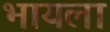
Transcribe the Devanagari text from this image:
भायला